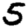
Digit: 5